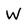
Character: W